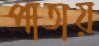
পাতায়